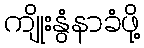
ကျိုးနွံနာခံဖို့